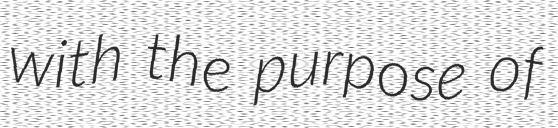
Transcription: with the purpose of